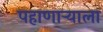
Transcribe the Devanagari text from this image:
पहाणाऱ्याला